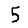
Digit: 5